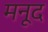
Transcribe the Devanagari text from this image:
मनूद